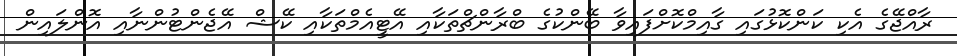
ރާއްޖޭގެ އެކި ކަންކޮޅުގައި ގާއިމްކޮށްފައިވާ ބޭންކުގެ ބްރާންޗްތަކާއި އޭޓީއެމްތަކާއި ކޭޝް އޭޖެންޓުންނާއި އޮންލައިން